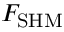
F _ { \mathrm { S H M } }